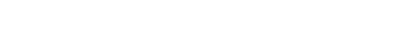
ဤမျှအတိုင်းအရှည်ရှိသော “ပါသာဒိကေန သမ္မာဒေတု” ဟူသော စကားဖြင့်။